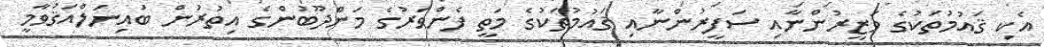
އެކި ޤައުމުތަކުގެ ވަޒީރުންނާއި ސަފީރުންނާއި ޤައުމުތަކުގެ މަތީ ފެންވަރުގެ މަންދޫބުންގެ އިތުރުން ބައިނަލްއަޤުވާމީ